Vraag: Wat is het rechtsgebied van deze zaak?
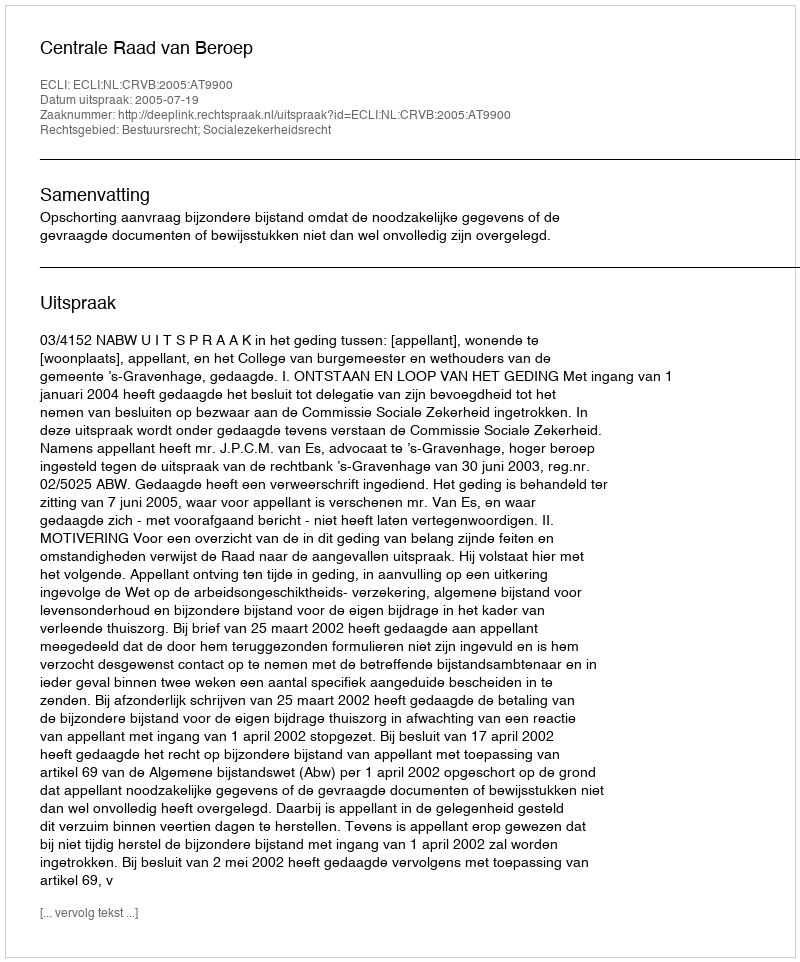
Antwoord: Bestuursrecht; Socialezekerheidsrecht